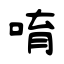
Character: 唷